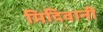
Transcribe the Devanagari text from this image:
मिदिवानी